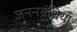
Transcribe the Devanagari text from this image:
जननग्रंथियाँ